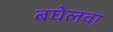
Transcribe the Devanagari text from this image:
बघेलवा